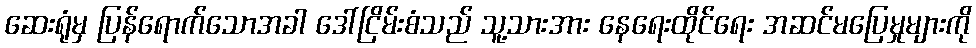
ဆေးရုံမှ ပြန်ရောက်သောအခါ ဒေါ်ငြိမ်းစံသည် သူ့သားအား နေရေးထိုင်ရေး အဆင်မပြေမှုများကို